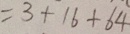
= 3 + 1 6 + 6 4